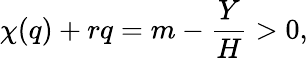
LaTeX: \chi(q)+rq=m-\frac{Y}{H}>0,